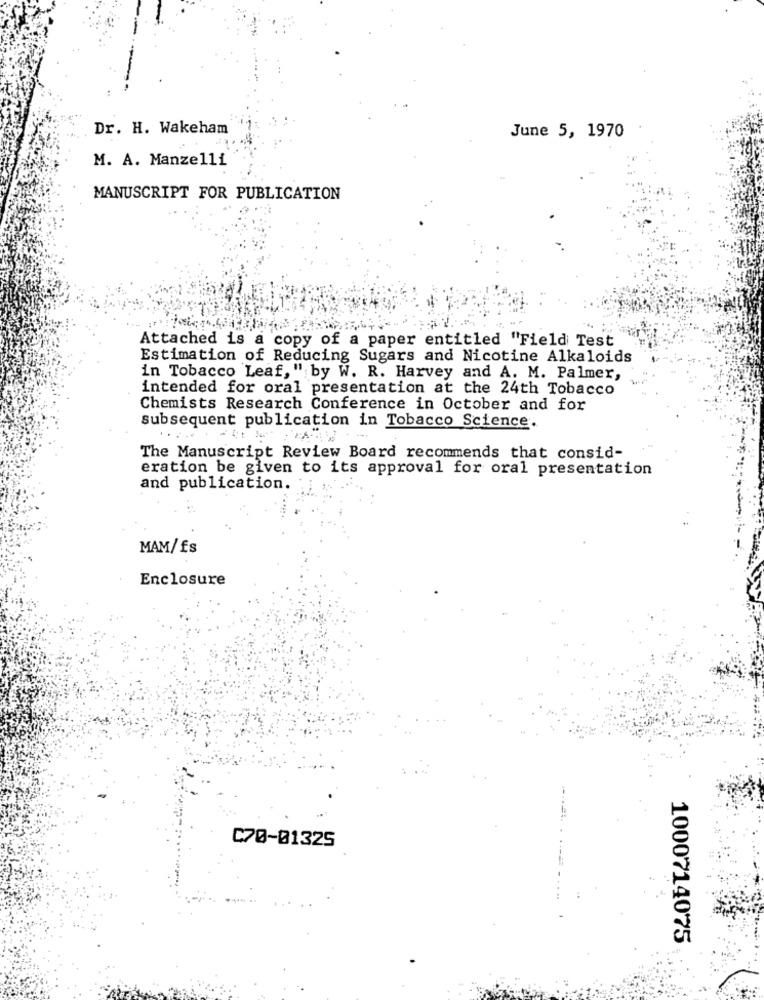
Dr. H. Wakeham
June 5, 1970
M. A. Manzelli
MANUSCRIPT FOR PUBLICATION
Attached is a copy of a paper entitled "Field Test
Estimation of Reducing Sugars and Nicotine Alkaloids
in Tobacco Leaf, " by W. R. Harvey and A. M. Palmer,
intended for oral presentation at the 24th Tobacco
Chemists Research Conference in October and for
subsequent publication in Tobacco Science.
The Manuscript Review Board recommends that consid-
eration be given to its approval for oral presentation
and publication.
MAM/fs
Enclosure
C70-01325
1000714075